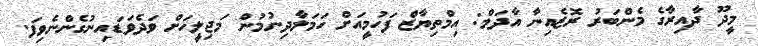
މީދޫ ދާއިރާގެ މެންބަރު ރޮޒެއިނާ އާދަމް: އިމްތިޔާޒް ފަހުމީއަށް ހަމަލާދިނުމުން މަޖިލީހަށް ވަދެވަޑައިނުގެންނެވިފަ.